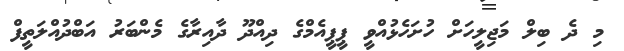
މި ދެ ބިލް މަޖިލީހަށް ހުށަހެޅުއްވީ ޕީޕީއެމްގެ ދިއްދޫ ދާއިރާގެ މެންބަރު އަބްދުއްލަތީފް